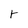
Character: r